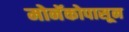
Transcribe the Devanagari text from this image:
मोनॅकोपासून